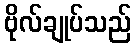
ဗိုလ်ချုပ်သည်